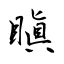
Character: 瞋